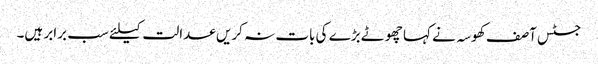
جسٹس آصف کھوسہ نے کہا چھوٹے بڑے کی بات نہ کریں عدالت کیلئے سب برابر ہیں۔